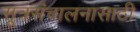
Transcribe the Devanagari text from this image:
सूत्रसंचालनासाठी